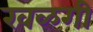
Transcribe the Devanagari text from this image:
खळगी